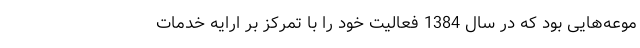
موعه‌هایی بود که در سال 1384 فعالیت خود را با تمرکز بر ارایه خدمات